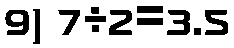
9) 7÷2=3.5